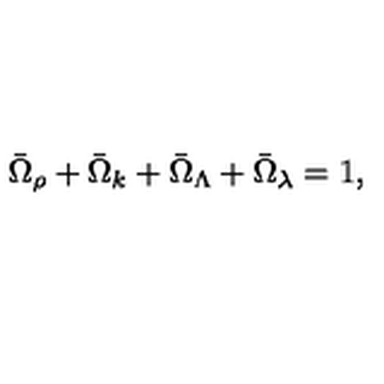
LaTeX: \bar { \Omega } _ { \rho } + \bar { \Omega } _ { k } + \bar { \Omega } _ { \Lambda } + \bar { \Omega } _ { \lambda } = 1 ,